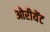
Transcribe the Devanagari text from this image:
ओरीयेंट